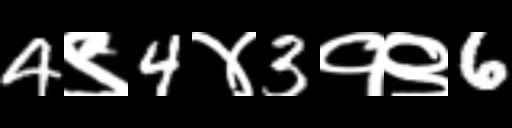
Text: 4९4४3१९6